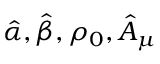
\hat { \alpha } , \hat { \beta } , \rho _ { 0 } , \hat { A } _ { \mu }